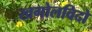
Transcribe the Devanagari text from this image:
खगोलविदो